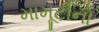
મામૂટીનો